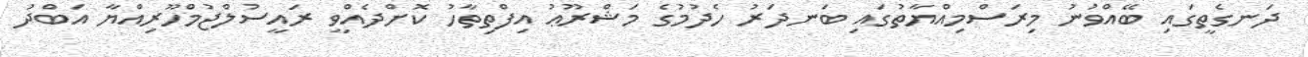
ދަނގެތީގައި ބޭއްވުނު މިރަސްމިއްޔާތުގައި ބަނދަރު ހެދުމުގެ މަޝްރޫޢު އިފްތިތާހު ކޮށްދެއްވީ ރައީސުލްޖުމްހޫރިއްޔާ އަބްދު